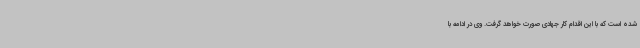
شده است که با این اقدام کار جهادی صورت خواهد گرفت. وی در ادامه با